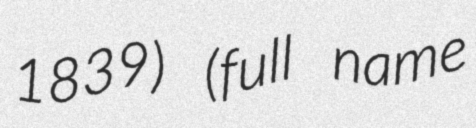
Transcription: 1839) (full name